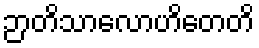
ဉာတိသာလောဟိတေတိ